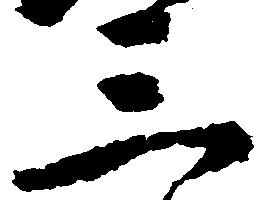
三